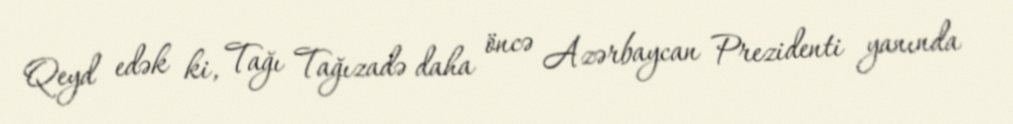
Qeyd edək ki, Tağı Tağızadə daha öncə Azərbaycan Prezidenti yanında